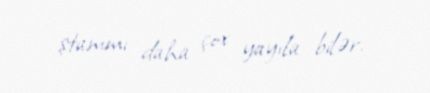
ştammı daha çox yayıla bilər.